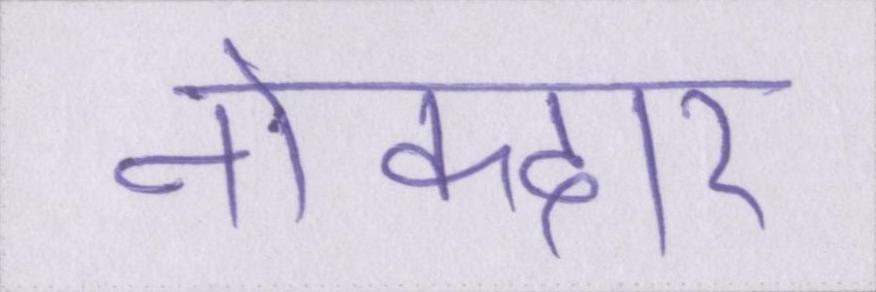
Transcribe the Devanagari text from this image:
नोकदार